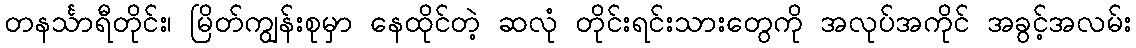
တနင်္သာရီတိုင်း၊ မြိတ်ကျွန်းစုမှာ နေထိုင်တဲ့ ဆလုံ တိုင်းရင်းသားတွေကို အလုပ်အကိုင် အခွင့်အလမ်း